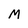
Character: M